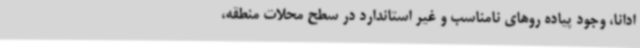
ادانا، وجود پیاده روهای نامناسب و غیر استاندارد در سطح محلات منطقه،